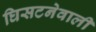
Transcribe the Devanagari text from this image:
घिसटनेवाली